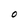
Character: O